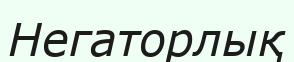
Негаторлық